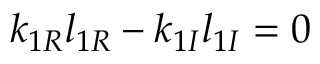
k _ { 1 R } l _ { 1 R } - k _ { 1 I } l _ { 1 I } = 0